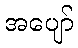
အပျော်